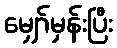
မျှော်မှန်းပြီး